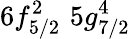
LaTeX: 6f_{5/2}^{2}\, \, 5g_{7/2}^{4}